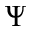
\Psi